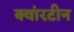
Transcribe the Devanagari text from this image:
क्वांरटीन